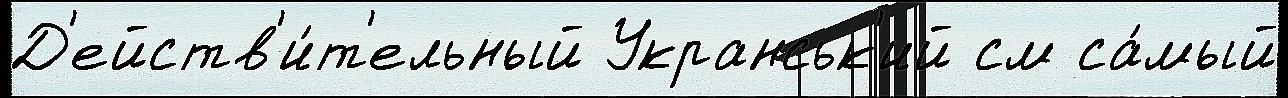
Д'ейств'и́т'ельный Укранськ'ий см са́мый